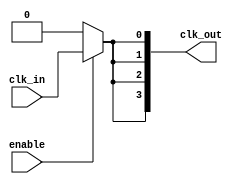
module LowPowerClockBuffer #(
    parameter NUM_OUTPUTS = 4,          // Number of buffered outputs
    parameter DRIVE_STRENGTH = 2         // Configurable drive strength (1, 2, or 3)
)(
    input wire clk_in,                    // Clock input
    input wire enable,                    // Enable signal
    output wire [NUM_OUTPUTS-1:0] clk_out // Buffered clock outputs
);

    // Internal signals for buffered clock stages
    wire clk_stage1;
    wire clk_stage2;

    // Stage 1 Buffer
    generate
        if (DRIVE_STRENGTH == 1) begin
            assign clk_stage1 = enable ? clk_in : 1'b0; // Low drive strength
        end else if (DRIVE_STRENGTH == 2) begin
            assign clk_stage1 = enable ? clk_in : 1'b0; // Medium drive strength
        end else begin
            assign clk_stage1 = enable ? clk_in : 1'b0; // High drive strength
        end
    endgenerate

    // Stage 2 Buffer
    generate
        if (DRIVE_STRENGTH == 1) begin
            assign clk_stage2 = clk_stage1; // Low drive strength
        end else if (DRIVE_STRENGTH == 2) begin
            assign clk_stage2 = clk_stage1; // Medium drive strength
        end else begin
            assign clk_stage2 = clk_stage1; // High drive strength
        end
    endgenerate

    // Output Buffers
    genvar i;
    generate
        for (i = 0; i < NUM_OUTPUTS; i = i + 1) begin : output_buffer
            assign clk_out[i] = clk_stage2; // Connect all outputs to the second stage buffer
        end
    endgenerate

endmodule